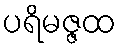
ပရိမဇ္ဇထ